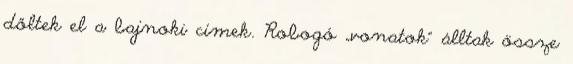
dőltek el a bajnoki címek. Robogó „vonatok” álltak össze